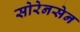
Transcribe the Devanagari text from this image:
सोरेनसेन